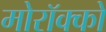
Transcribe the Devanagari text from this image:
मोरॉक्को